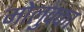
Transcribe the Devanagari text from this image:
मोलुक्का